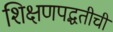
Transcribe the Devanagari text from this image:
शिक्षणपद्धतीची